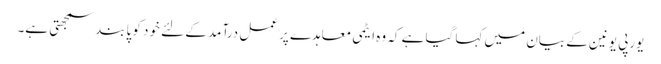
یورپی یونین کے بیان میں کہا گیا ہے کہ وہ ایٹمی معاہدے پر عمل درآمد کے لئے خود کو پابند سمجھتی ہے۔